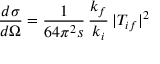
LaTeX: \frac { d \sigma } { d \Omega } = \frac { 1 } { 6 4 \pi ^ { 2 } s } \, \frac { k _ { f } } { k _ { i } } \, \vert T _ { i f } \vert ^ { 2 }